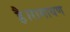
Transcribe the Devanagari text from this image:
है।रामायण